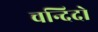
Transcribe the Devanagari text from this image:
चन्दिदो